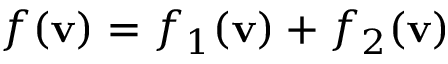
f ( \mathbf { v } ) = f _ { 1 } ( \mathbf { v } ) + f _ { 2 } ( \mathbf { v } )